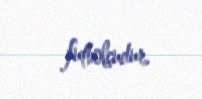
futbolçudur.